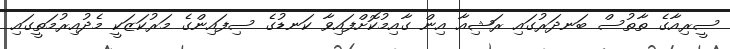
ސީރިއާގެ ތާތުސް ބަނދަރުގައި ރަޝިއާ އިން ގާއިމުކޮށްފައިވާ ކަނޑުގެ ސިފައިންގެ މަރުކަޒަކީ މެދުއިރުމަތީގައި